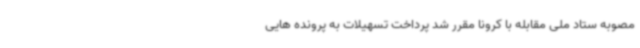
مصوبه ستاد ملی مقابله با کرونا مقرر شد پرداخت تسهیلات به پرونده هایی